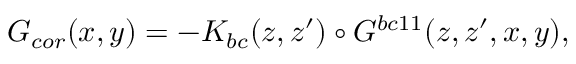
G _ { c o r } ( x , y ) = - K _ { b c } ( z , z ^ { \prime } ) \circ { \cal { G } } ^ { b c 1 1 } ( z , z ^ { \prime } , x , y ) ,